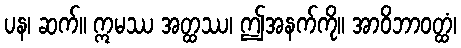
ပန၊ ဆက်။ ဣမဿ အတ္ထဿ၊ ဤအနက်ကို။ အာဝိဘာဝတ္ထံ၊